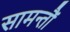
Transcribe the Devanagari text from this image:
सामन्तौं